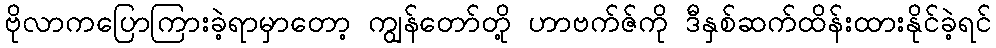
ဗိုလာကပြောကြားခဲ့ရာမှာတော့ ကျွန်တော်တို့ ဟာဗက်ဇ်ကို ဒီနှစ်ဆက်ထိန်းထားနိုင်ခဲ့ရင်